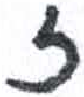
אות: ז